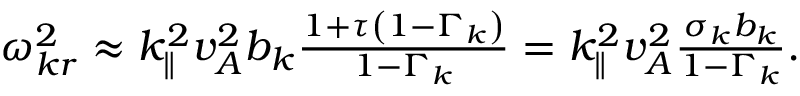
\begin{array} { r } { \omega _ { { k } r } ^ { 2 } \approx k _ { \parallel } ^ { 2 } v _ { A } ^ { 2 } b _ { k } \frac { 1 + \tau \left( 1 - \Gamma _ { k } \right) } { 1 - \Gamma _ { k } } = k _ { \parallel } ^ { 2 } v _ { A } ^ { 2 } \frac { \sigma _ { k } b _ { k } } { 1 - \Gamma _ { k } } . } \end{array}